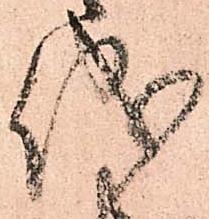
儀